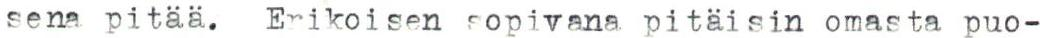
sena pitää. Erikoisen sopivana pitäisin omasta puo-